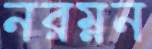
নরম্নন